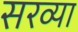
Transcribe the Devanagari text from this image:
सरव्या